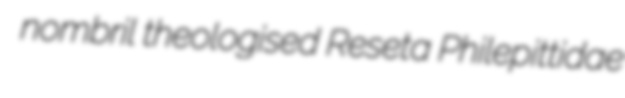
nombril theologised Reseta Philepittidae